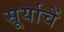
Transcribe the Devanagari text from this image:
सूर्याचें